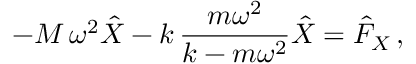
- M \, \omega ^ { 2 } \hat { X } - k \, \frac { m \omega ^ { 2 } } { k - m \omega ^ { 2 } } \hat { X } = \hat { F } _ { X } \, ,